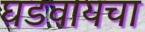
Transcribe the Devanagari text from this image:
घडवायचा